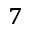
^ 7